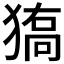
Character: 𤠬